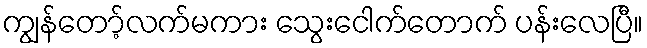
ကျွန်တော့်လက်မကား သွေးငေါက်တောက် ပန်းလေပြီ။